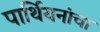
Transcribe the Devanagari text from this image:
पार्थियनांचा